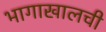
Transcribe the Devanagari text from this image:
भागाखालची